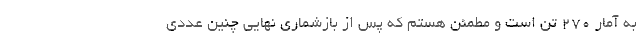
به آمار ۲۷۰ تن است و مطمئن هستم که پس از بازشماری نهایی چنین عددی